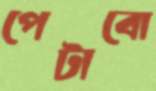
পেটাবো